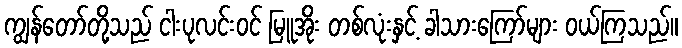
ကျွန်တော်တို့သည် ငါးပုလင်းဝင် မြူအိုး တစ်လုံးနှင့် ခါသားကြော်များ ဝယ်ကြသည်။